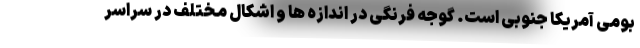
بومی آمریکا جنوبی است. گوجه فرنگی در اندازه ها و اشکال مختلف در سراسر